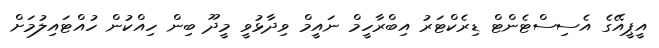
އީޕީއޭގެ އެސިސްޓެންޓް ޑިރެކްޓަރު އިބްރާހީމް ނައީމް ވިދާޅުވީ މީދޫ ބިން ހިއްކުން ހުއްޓައިލުމަށް